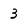
Character: 3